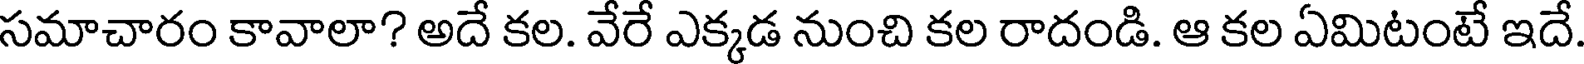
సమాచారం కావాలా? అదే కల. వేరే ఎక్కడ నుంచి కల రాదండి. ఆ కల ఏమిటంటే ఇదే